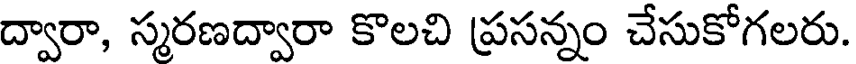
ద్వారా, స్మరణద్వారా కొలచి ప్రసన్నం చేసుకోగలరు.